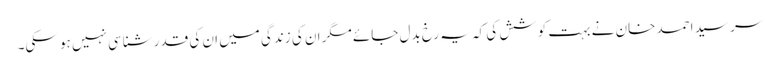
سر سید احمد خان نے بہت کوشش کی کہ یہ رخ بدل جائے مگر ان کی زندگی میں ان کی قدر شناسی نہیں ہو سکی۔